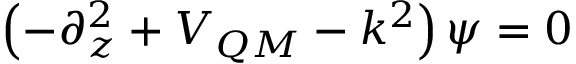
\left( - \partial _ { z } ^ { 2 } + V _ { Q M } - k ^ { 2 } \right) \psi = 0